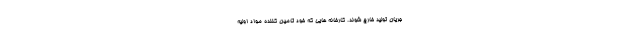
جریان تولید خارج شوند. کارخانه هایی که خود تامین کننده مواد اولیه